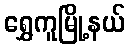
ရွှေကူမြို့နယ်